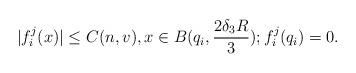
LaTeX: \begin{align*}|f_i^j(x)|\leq C(n, v), x\in B(q_i, \frac{2\delta_3R}{3}); f_i^j(q_i) = 0.\end{align*}